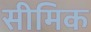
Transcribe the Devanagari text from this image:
सीमिक